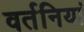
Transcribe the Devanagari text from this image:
वर्तनियां